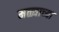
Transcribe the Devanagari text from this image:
मळ्याच्या